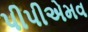
પીપીએમવ